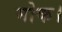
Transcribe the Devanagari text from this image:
मोक।